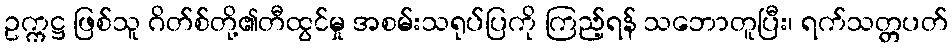
ဥက္ကဋ္ဌ ဖြစ်သူ ဂိတ်စ်တို့၏တီထွင်မှု အစမ်းသရုပ်ပြကို ကြည့်ရန် သဘောတူပြီး၊ ရက်သတ္တပတ်